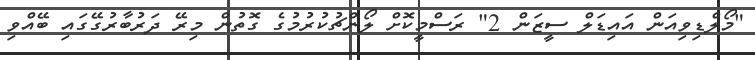
"މޯލްޑިވިއަން އައިޑަލް ސީޒަން 2" ރަސްމީކޮށް ލޯންޗުކުރުމުގެ ގޮތުން މިރޭ ދަރުބާރުގޭގައި ބޭއްވި